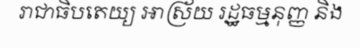
រាជាធិបតេយ្យ អាស្រ័យ រដ្ឋធម្មនុញ្ញ និង